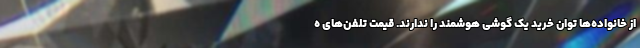
از خانواده‌ها توان خرید یک گوشی هوشمند را ندارند. قیمت تلفن‌های ه